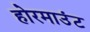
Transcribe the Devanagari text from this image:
होरमाउंट